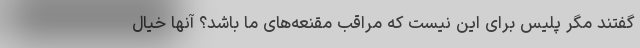
گفتند مگر پلیس برای این نیست که مراقب مقنعه‌های ما باشد؟ آنها خیال